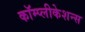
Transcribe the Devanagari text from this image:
कॉम्प्लीकेशन्स